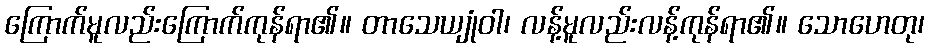
ကြောက်မူလည်းကြောက်ကုန်ရာ၏။ တာသေယျုံဝါ၊ လန့်မူလည်းလန့်ကုန်ရာ၏။ သောဟေတု၊